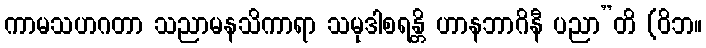
ကာမသဟဂတာ သညာမနသိကာရာ သမုဒါစရန္တိ ဟာနဘာဂိနီ ပညာ”တိ (ဝိဘ။